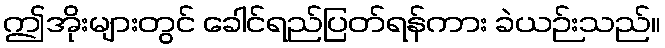
ဤအိုးများတွင် ခေါင်ရည်ပြတ်ရန်ကား ခဲယဉ်းသည်။